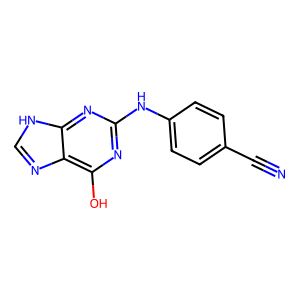
SMILES: N#Cc1ccc(Nc2nc(O)c3nc[nH]c3n2)cc1
Inhibits HIV replication: No